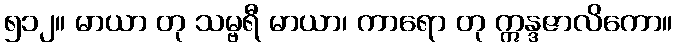
၅၁၂။ မာယာ တု သမ္ဗရီ မာယာ၊ ကာရော တု ဣန္ဒဇာလိကော။